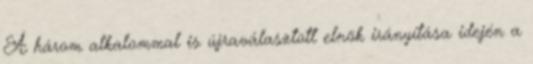
A három alkalommal is újraválasztott elnök irányítása idején a